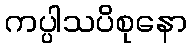
ကပ္ပါသပိစုနော